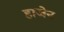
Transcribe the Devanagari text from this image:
हाजेन